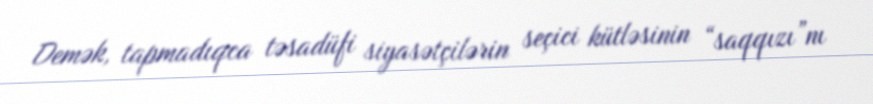
Demək, tapmadıqca təsadüfi siyasətçilərin seçici kütləsinin “saqqızı”nı